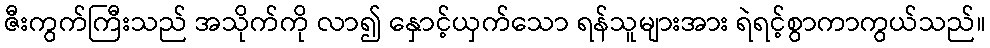
ဇီးကွက်ကြီးသည် အသိုက်ကို လာ၍ နှောင့်ယှက်သော ရန်သူများအား ရဲရင့်စွာကာကွယ်သည်။